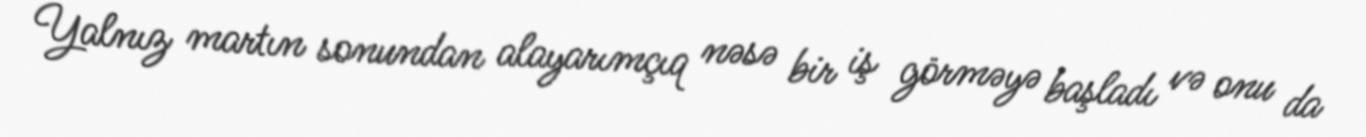
Yalnız martın sonundan alayarımçıq nəsə bir iş görməyə başladı və onu da